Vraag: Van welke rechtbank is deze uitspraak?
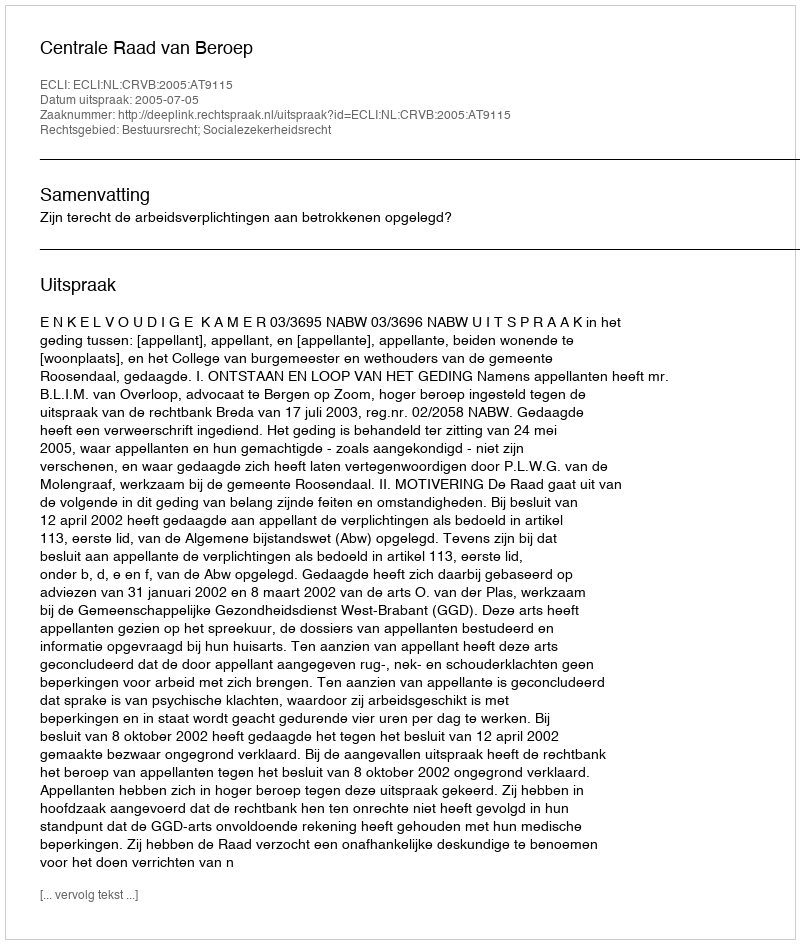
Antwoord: Centrale Raad van Beroep